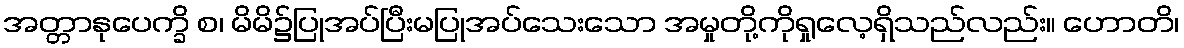
အတ္တာနုပေက္ခိ စ၊ မိမိ၌ပြုအပ်ပြီးမပြုအပ်သေးသော အမှုတို့ကိုရှုလေ့ရှိသည်လည်း။ ဟောတိ၊